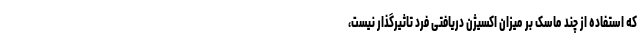
که استفاده از چند ماسک بر میزان اکسیژن دریافتی فرد تاثیرگذار نیست،